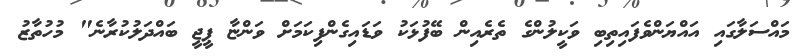
މައްސަލާގައި އައްޔަންވެފައިތިބި ވަކީލުންގެ ތެރެއިން ބޭފުޅަކު ވަޑައިގެންފިކަމަށް ވަންޏާ ޕީޖީ ބައްދަލުކުރާނެ" މުހުތާޒު